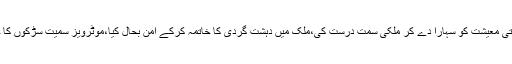
23 مئی2018ء) وفاقی وزیر داخلہ احسن اقبال نے کہا ہے کہ ڈوبتی معیشت کو سہارا دے کر ملکی سمت درست کی،ملک میں دہشت گردی کا خاتمہ کرکے امن بحال کیا،موٹرویز سمیت سڑکوں کا جال بچھایا،10ہزار میگاواٹ بجلی 4برس میں نظام میں شامل کی۔